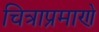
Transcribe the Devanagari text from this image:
चित्राप्रमाणे